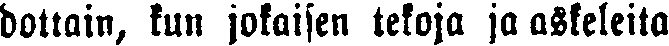
dottain, kun jokaisen tekoja ja askeleita